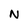
Character: N